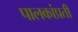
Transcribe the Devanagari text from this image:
पालकांप्रती